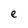
Character: e